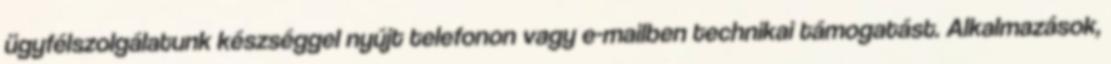
ügyfélszolgálatunk készséggel nyújt telefonon vagy e-mailben technikai támogatást. Alkalmazások,